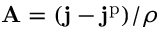
\mathbf { A } = ( \mathbf { j } - \mathbf { j } ^ { \mathrm { p } } ) / \rho